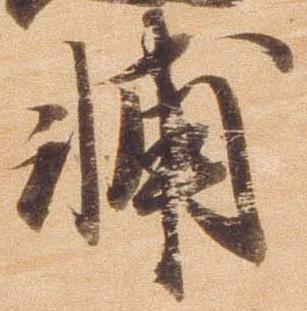
輔